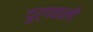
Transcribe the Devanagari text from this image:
दुर्गवाली